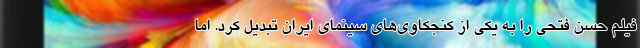
فیلم حسن فتحی را به یکی از کنجکاوی‌های سینمای ایران تبدیل کرد. اما